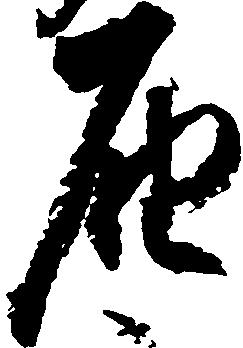
届